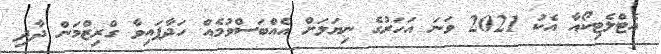
އެޓްލެޓިކޯއާ އެކު 2021 ވަނަ އަހަރުގެ ނިޔަލަށް އެއްބަސްވުމެއް ހަދާފައިވާ ގްރިޒްމަން ދާދި